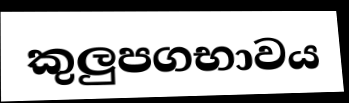
කුලුපගභාවය